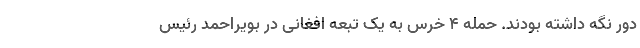
دور نگه داشته بودند. حمله ۴ خرس به یک تبعه افغانی در بویراحمد‌ رئیس